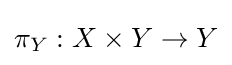
\pi _{Y}:X\times Y\to Y